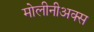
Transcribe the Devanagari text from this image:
मोलीनीअक्स